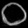
Digit: ၀